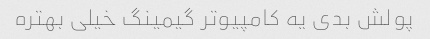
پولش بدی یه کامپیوتر گیمینگ خیلی بهتره